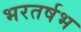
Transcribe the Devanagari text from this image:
भरतर्षभ